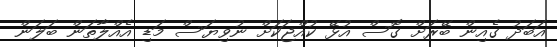
އަބަދު ގެއިން ބޭރަށް ގޮސް އުޅޭ ކުއްޖަކަށް ނުވިޔަސް މަޑި އެއްލާތަން ބަލަން